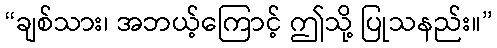
“ချစ်သား၊ အဘယ့်ကြောင့် ဤသို့ ပြုသနည်း။”